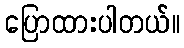
ပြောထားပါတယ်။